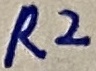
Text: R2